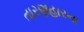
તારણહારના